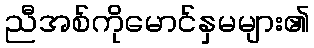
ညီအစ်ကိုမောင်နှမများ၏